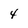
Character: 4